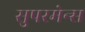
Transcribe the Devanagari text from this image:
सुपरमेन्स